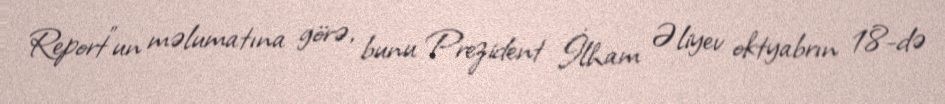
Report"un məlumatına görə, bunu Prezident İlham Əliyev oktyabrın 18-də